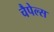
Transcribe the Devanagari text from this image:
चैपेल्स